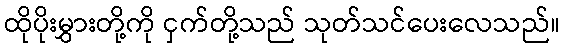
ထိုပိုးမွှားတို့ကို ငှက်တို့သည် သုတ်သင်ပေးလေသည်။